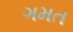
ગમત